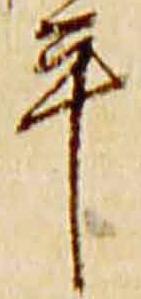
年